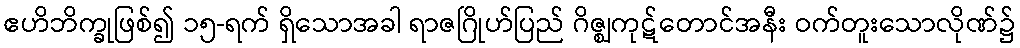
ဧဟိဘိက္ခုဖြစ်၍ ၁၅-ရက် ရှိသောအခါ ရာဇဂြိုဟ်ပြည် ဂိဇ္ဈကုဋ်တောင်အနီး ဝက်တူးသောလိုဏ်၌